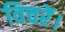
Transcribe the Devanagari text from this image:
विचरें।